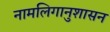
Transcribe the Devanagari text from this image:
नामलिगानुशासन